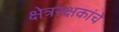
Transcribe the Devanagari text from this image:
क्षेत्ररक्षकांचे